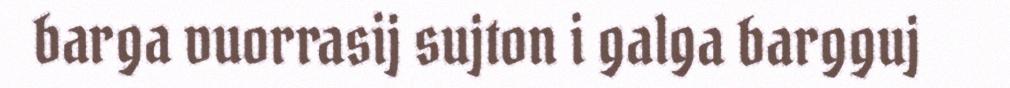
barga vuorrasij sujton i galga bargguj